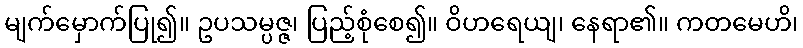
မျက်မှောက်ပြု၍။ ဥပသမ္ပဇ္ဇ၊ ပြည့်စုံစေ၍။ ဝိဟရေယျ၊ နေရာ၏။ ကတမေဟိ၊